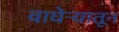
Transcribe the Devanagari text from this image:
वाघेऱ्यातून